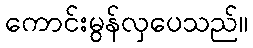
ကောင်းမွန်လှပေသည်။